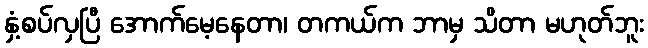
နှံ့စပ်လှပြီ အောက်မေ့နေတာ၊ တကယ်က ဘာမှ သိတာ မဟုတ်ဘူး